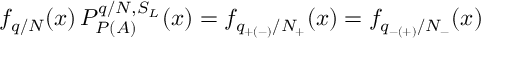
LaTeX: f _ { q / N } ( x ) \, P _ { P ( A ) } ^ { q / N , S _ { L } } ( x ) = f _ { q _ { + ( - ) } / N _ { + } } ( x ) = f _ { q _ { - ( + ) } / N _ { - } } ( x )